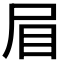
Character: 𭕘